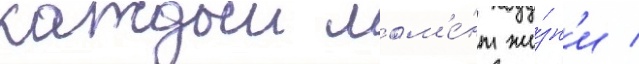
каждыи мом'е́нт жи́зн'и /